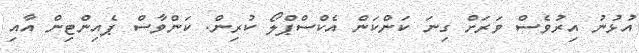
އުޅުނު އިރުވެސް ވަރަށް ގިނަ ކަންކަން އެކްސްޕްލޯ ކުރިން. ކަންވާސް ޕެއިންޓިން އާއި